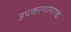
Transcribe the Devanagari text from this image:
उपकरणामागचे